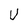
Character: U